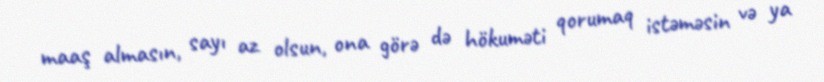
maaş almasın, sayı az olsun, ona görə də hökuməti qorumaq istəməsin və ya